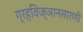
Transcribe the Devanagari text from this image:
ग्रहविज्ञानसारणी